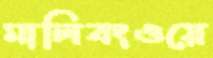
মালিবংওয়ে